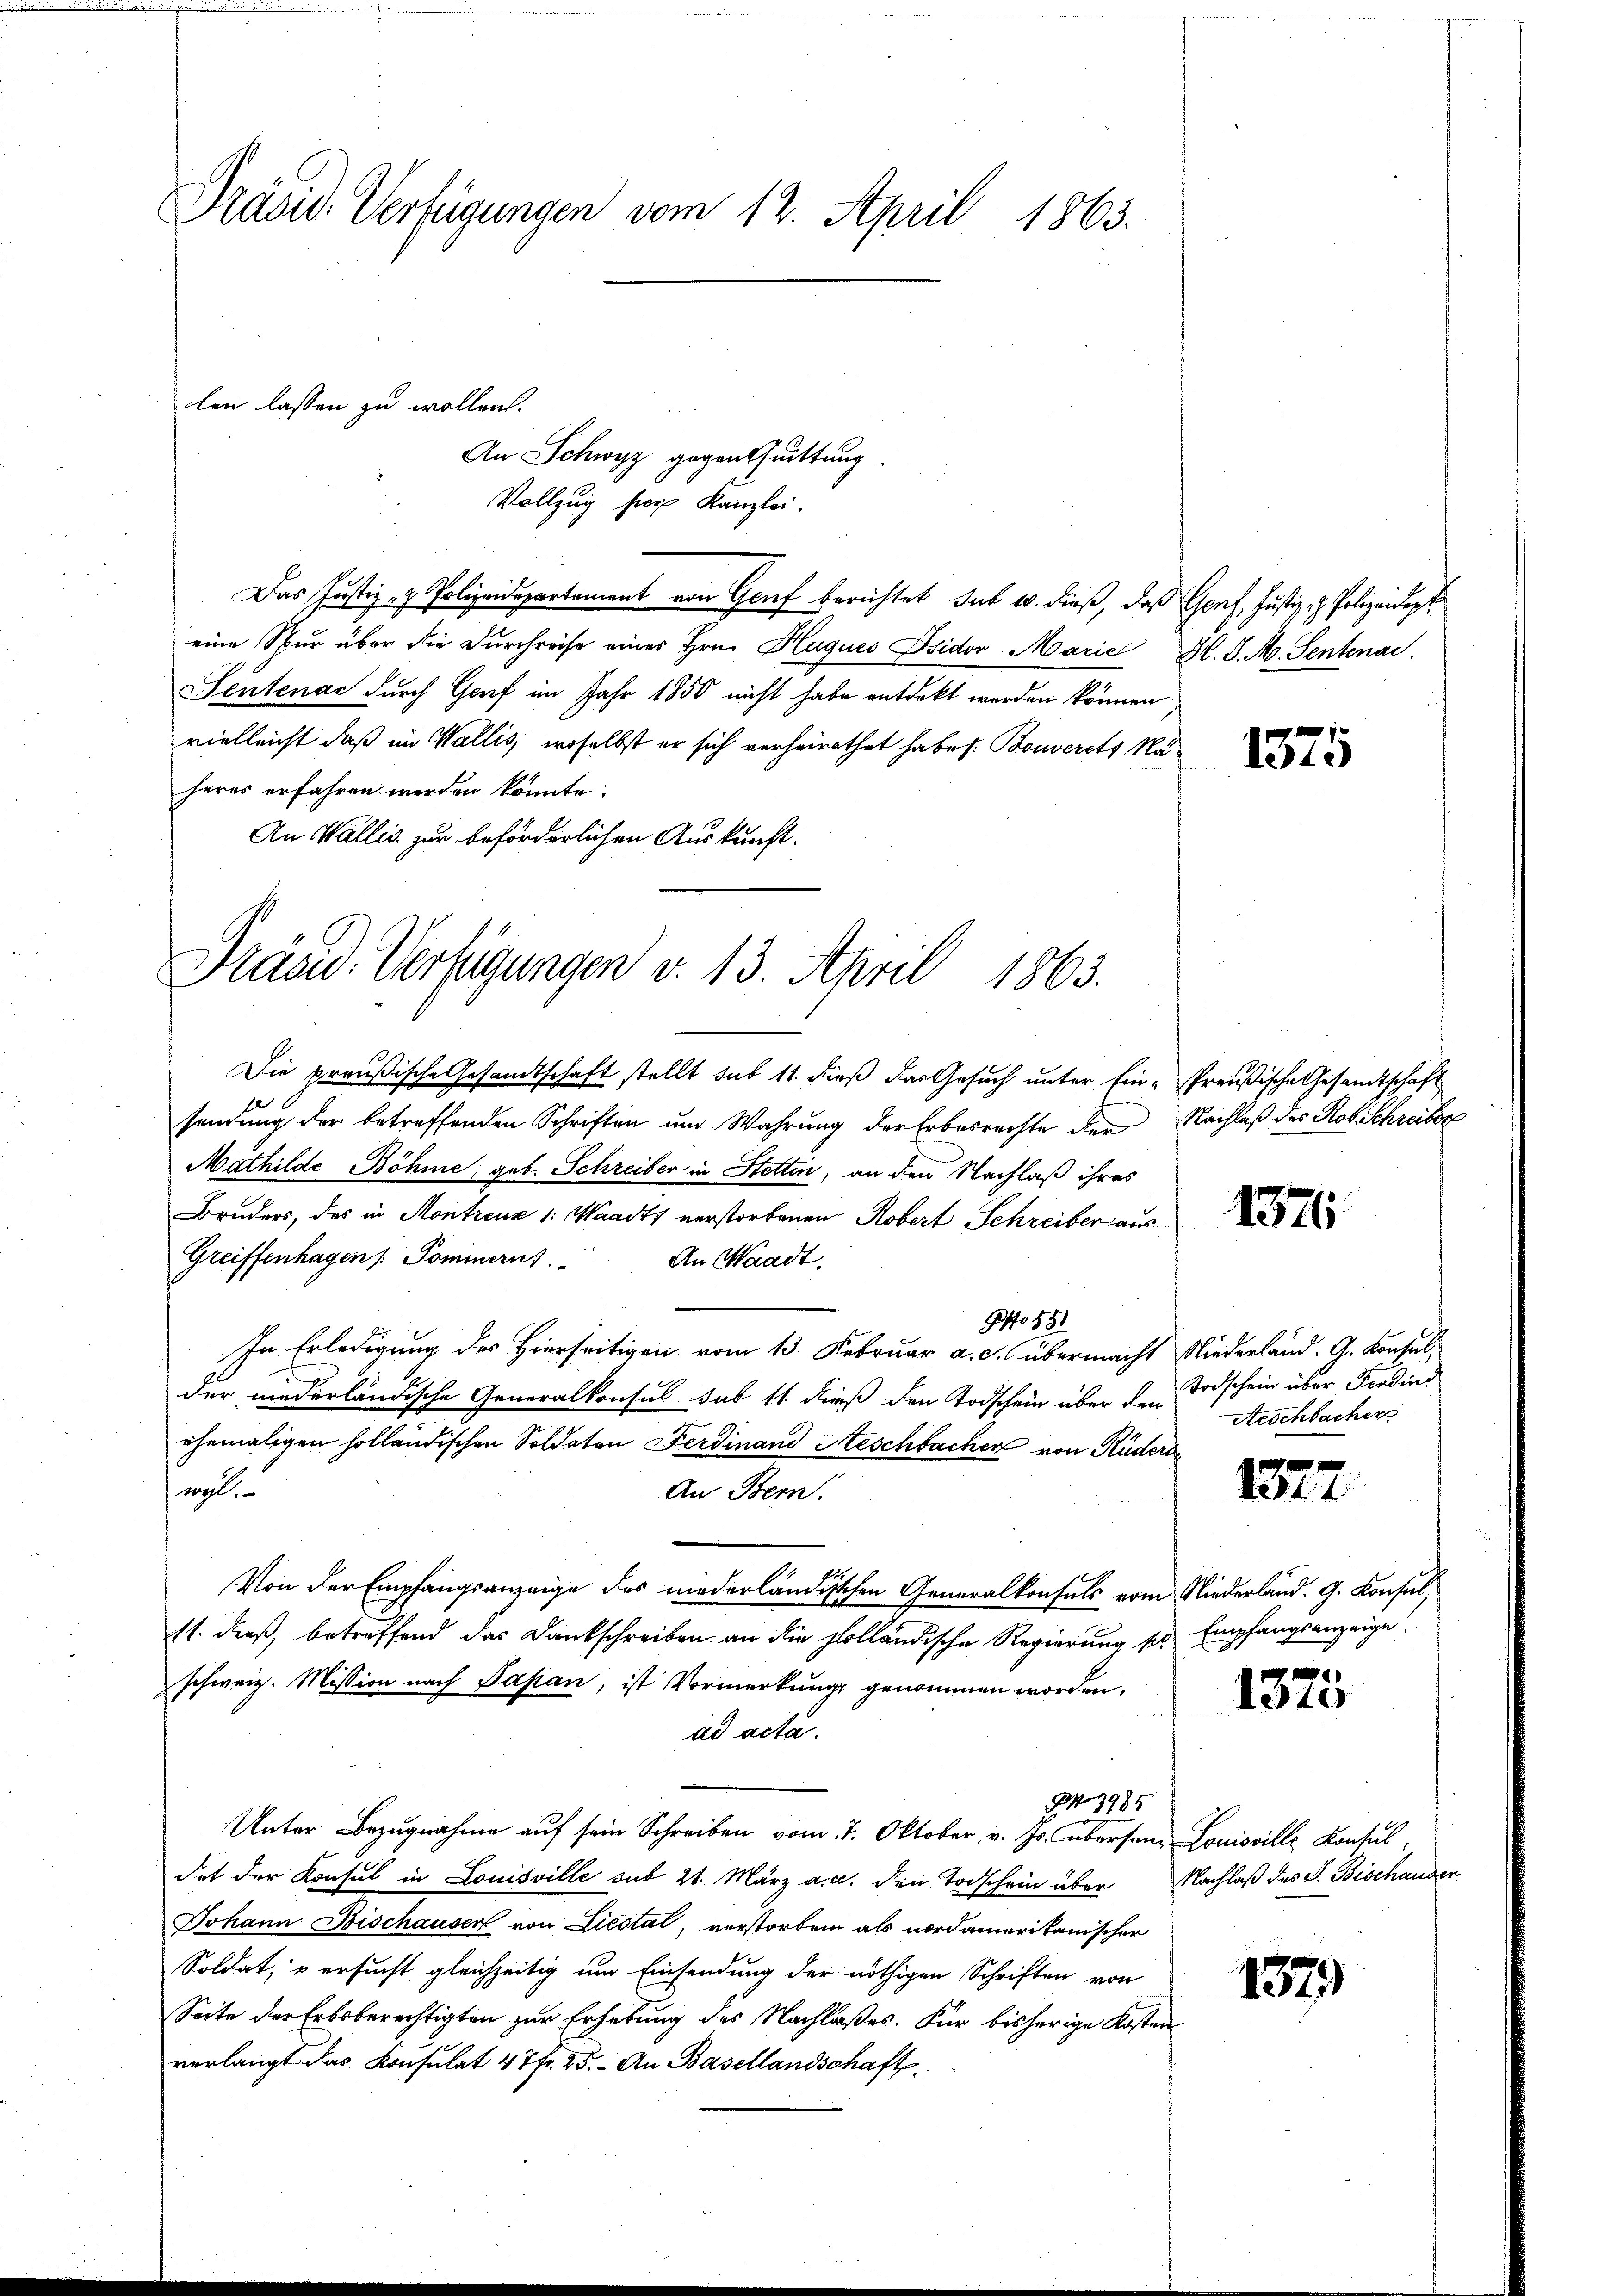
Präsid. Verfügungen vom 12. April 1865.

An Schwyz gegen Quittung.
Vollzug hier Kanzlei.
Das Justiz- & Polizeidepartement von Genf berichtet sub w. dieß, daß Genf, Justiz- & Polizeidigt
eine Stur über die Durchreise eines Hrn. Hugues Isidor Marie H. S. M. Sentenac
Sentenac durch Genf im Jahr 1850 nicht habe entdeckt werden können
vielleicht daß im Wallis, woselbst er sich verheirathet habe s. Bouverst Naheres erfahren werden könnte.
An Wallis zur beförderlichen Auskunft.
Präsid. Verfügungen v. 13. April 1863.

len lassen zu wollen.

Die preußische Gesandtschaft stellt sub 11. dieß das Gesuch unter Ein-Preußische Gesandtschaft
sendung der betreffenden Schriften und Wahrung der Erbesrechte der Nachlaß des Rob. Schreiber
Mathilde Böhme; geb. Schreiber in Stetten, an den Nachlaß ihres
Bruders, des in Montreux 1: Waadt verstorbenen Robert Schreiber aus
Greiffenhagen /: Pommerns
An Waadt.
Ao 181
In Erledigung des Hierseitigen vom 13. Februar a. c. übermacht Niederland. G. Konsulder niederländische Generalkonsul sub 11. dieß den Todschein über den
ehemaligen holländischen Soldaten Ferdinand Aeschbacher von Rüders
wal
An Bern.
Von der Empfangsanzeige des niederländischen Generalkonsuls vom Niederland. G. Konsul,
11. dieß, betreffend das Dankschreiben an die Holländische Regierung pr Empfangsanzeige
schweiz. Mission nach Papan, ist Vormerkung genommen worden.
ad acta.
No 3985
Unter Bezugnahme auf sein Schreiben vom 17. Oktober v. Js. übersan Louisville Konsuldet der Konsul in Louisville sub 21. März a. a. den Todschein über Nachlaß des F. Bischauder
Johann Bischauser von Liestat, verstorben als nordamerikanischer
Soldat, u ersucht gleichzeitig um Einsendung der nöthigen Schriften von
Seite der Erbsberechtigten zur Erhebung des Nachlaßes. Für bisherige Kosten
verlangt das Konsulat 47 fr. 25. An Basellandschaft

1375

1326

Todschein über Ferdind
Arschbacher

1327

1375

1379